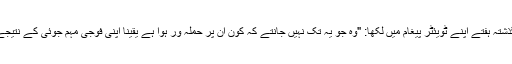
یمن کی انقلاب کونسل کے سربراہ محمد علی الحوثی نے گذشتہ ہفتے اپنے ٹویئٹر پیغام میں لکھا: "وہ جو یہ تک نہیں جانتے کہ کون ان پر حملہ ور ہوا ہے یقیناً اپنی فوجی مہم جوئی کے نتیجے میں پیدا ہونے والی تباہی کے تمام پہلووں سے لاعلم ہیں۔